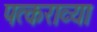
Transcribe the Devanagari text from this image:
पत्कराव्या